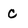
Character: c